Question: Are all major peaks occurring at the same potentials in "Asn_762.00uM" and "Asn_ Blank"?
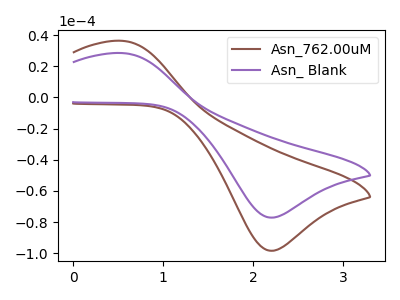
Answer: <think>The brown curve "Asn_762.00uM" has an anodic peak at (0.55V, 36.30uA) and a cathodic peak at (2.20V, -98.30uA). The purple curve "Asn_ Blank" has an anodic peak at (0.55V, 28.45uA) and a cathodic peak at (2.20V, -77.05uA).</think>
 <answer>Yes, "Asn_762.00uM" have a peak in "Asn_ Blank" at the same potential.</answer>
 <eval>match</eval>